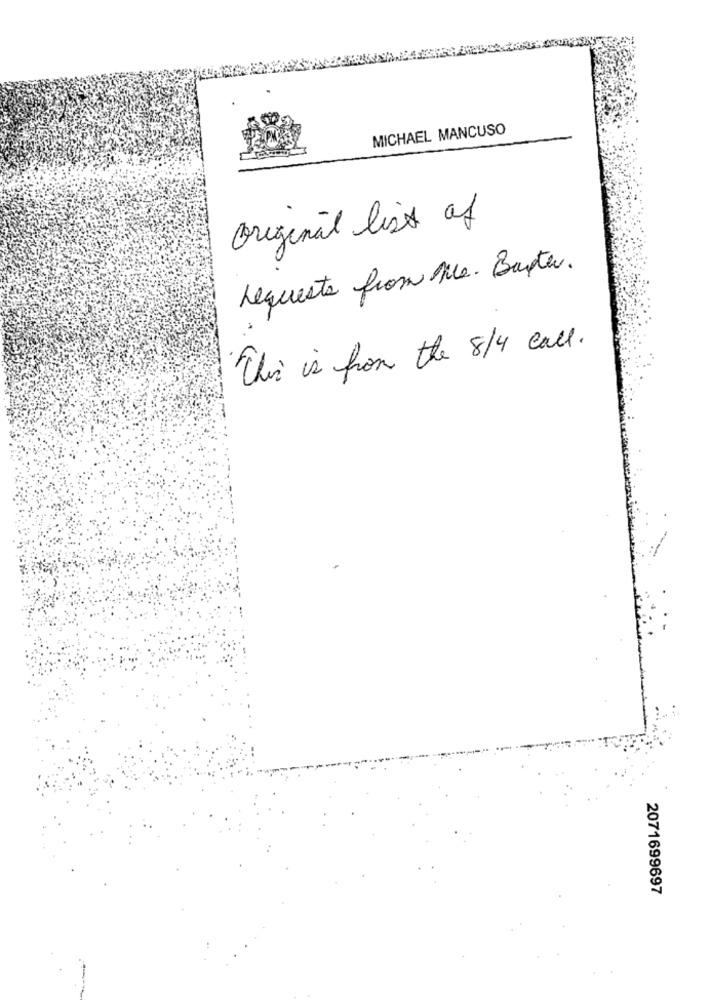
MICHAEL MANCUSO
Original list of
requests from Me. Barter.
This is from the 8/4 call.
2071699697